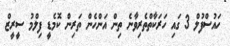
ހައުސްފުލް 3 ގައި ހަރަކާތްތެރިވާނެ ތިން އަންހެން ތަރިން ކޮމެޑީ ފިލްމު ސީރީޒް